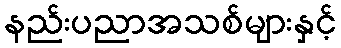
နည်းပညာအသစ်များနှင့်